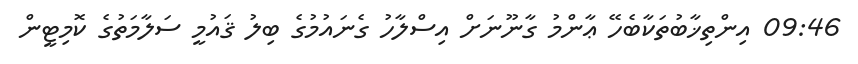
09:46 އިންތިޚާބުތަކާބެހޭ ޢާންމު ގާނޫނަށް އިސްލާހު ގެނައުމުގެ ބިލު ޤައުމީ ސަލާމަތުގެ ކޮމިޓީން